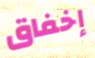
إخفاق